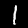
Label: 1